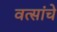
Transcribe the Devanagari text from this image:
वत्सांचे